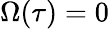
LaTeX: \Omega(\tau)=0